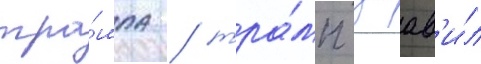
тра́мпа / тра́мп заав'и́л